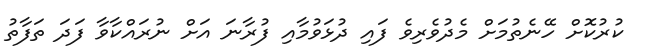
ކުރުކޮށް ހޭނެތުމަށް މެދުވެރިވެ ފައި ދުޅަވުމާއި ފުރާނަ އަށް ނުރައްކާވާ ފަދަ ތަފާތު